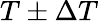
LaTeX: T\pm\Delta T